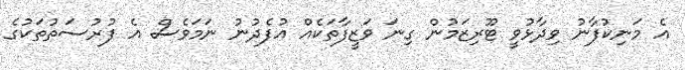
އެ މަނިކުފާނު ވިދާޅުވީ ޓޫރިޒަމުން ގިނަ ވަޒީފާތަކެއް އުފެދުނު ނަމަވެސް އެ ފުރުސަތުތަކުގެ